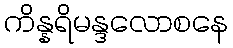
ကိန္နရိမန္ဒလောစနေ